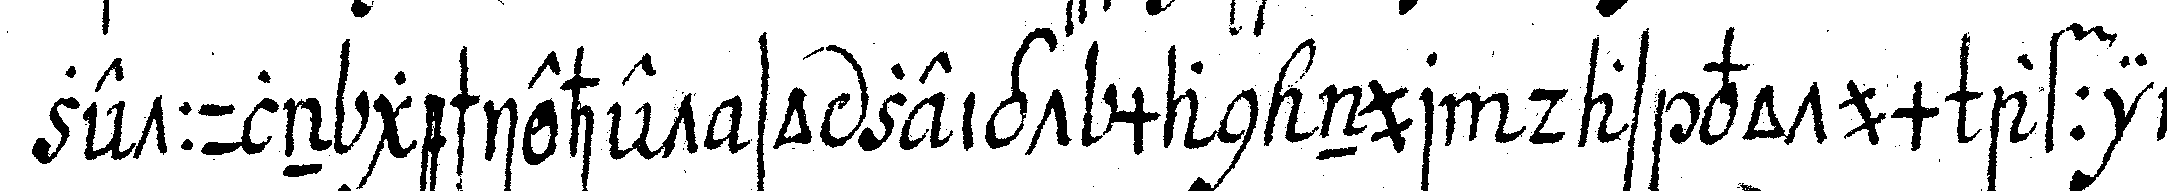
zettuln geschiehet so zeigt man nur das votum affir